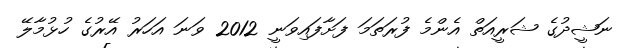
ނަޝީދުގެ ޝަރީއަތް އެންމެ ފުރަތަމަ ފަށާފައިވަނީ 2012 ވަނަ އަހަރު އޭރުގެ ހުޅުމާލޭ